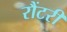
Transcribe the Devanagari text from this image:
रौंटरी